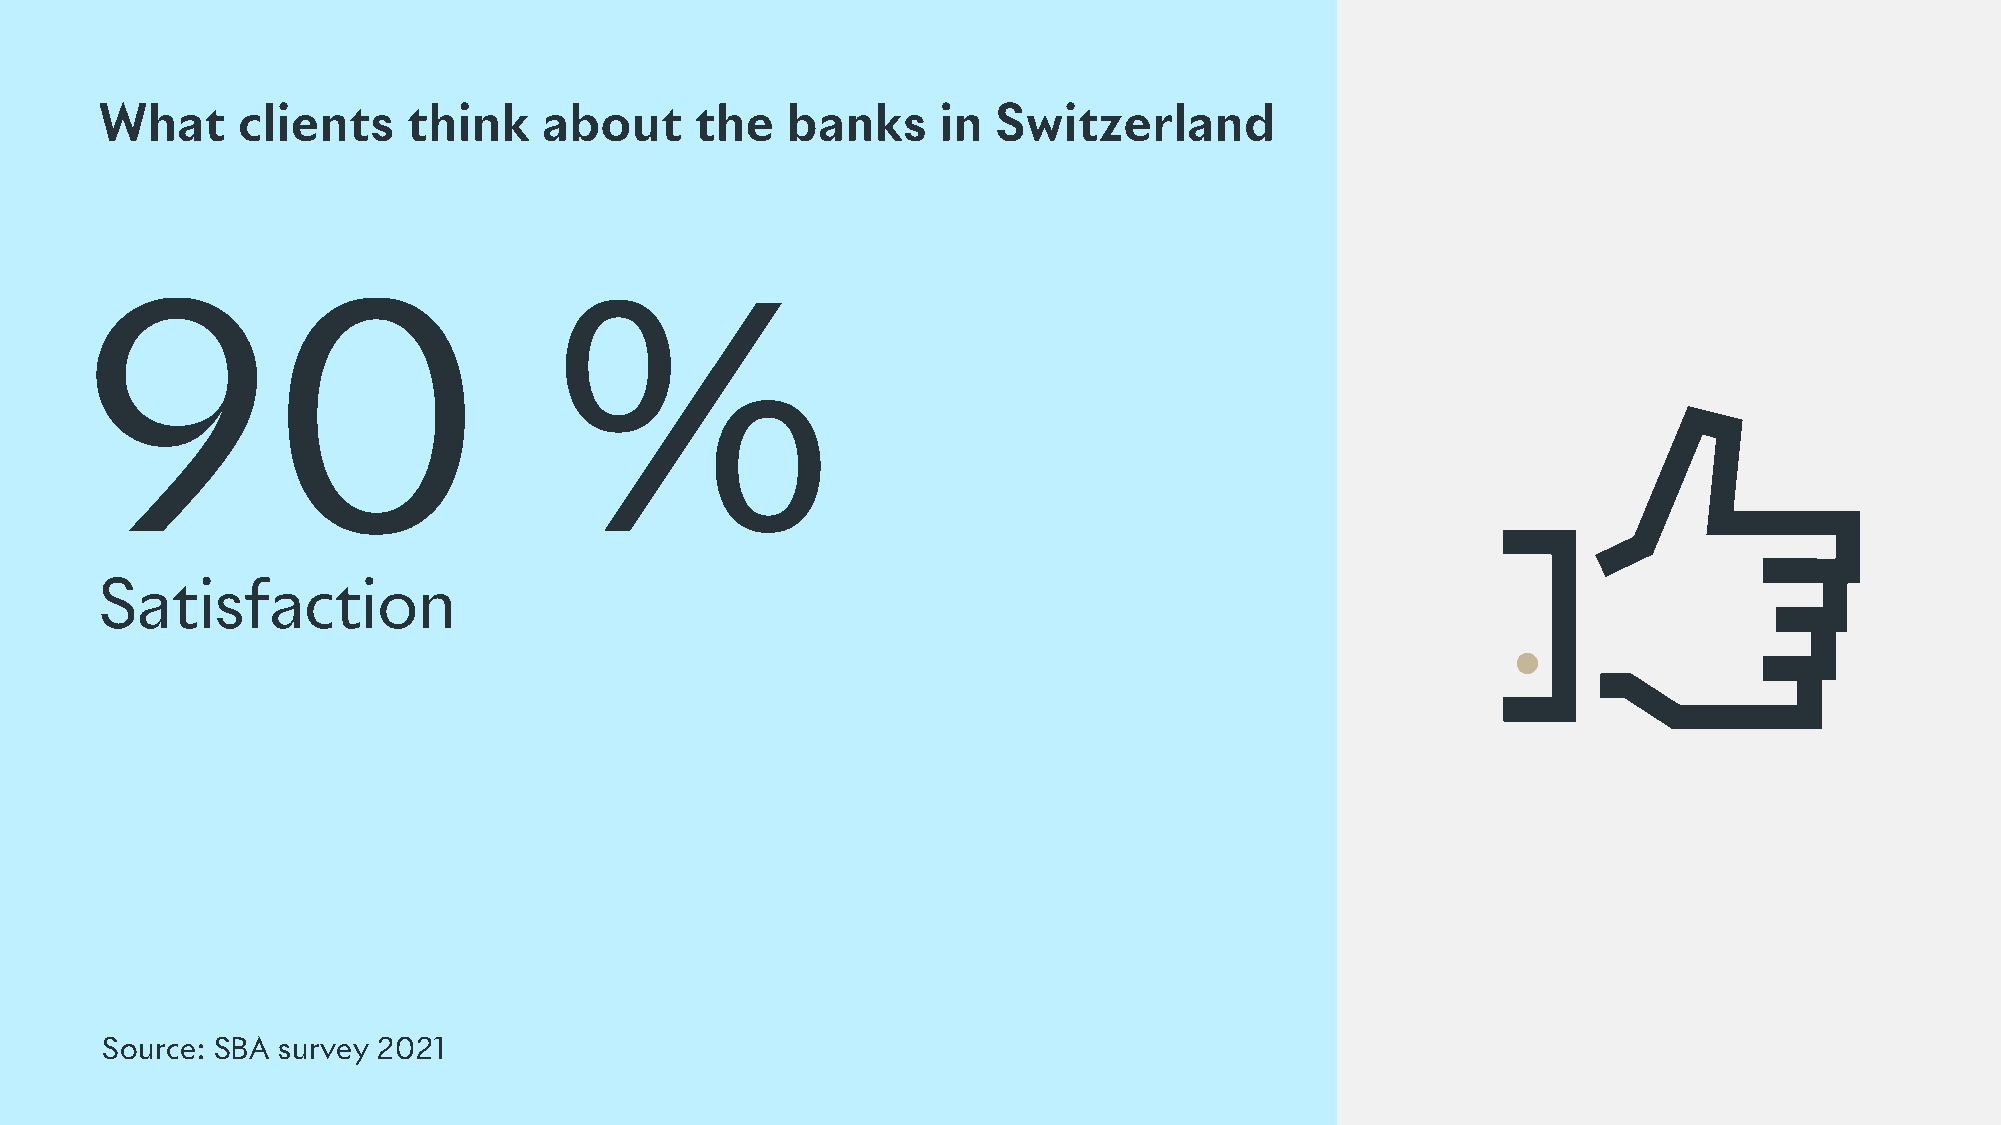
What     clients    think    about     the   banks     in  Switzerland
 90                             %
 Satisfaction
 Source: SBA survey 2021